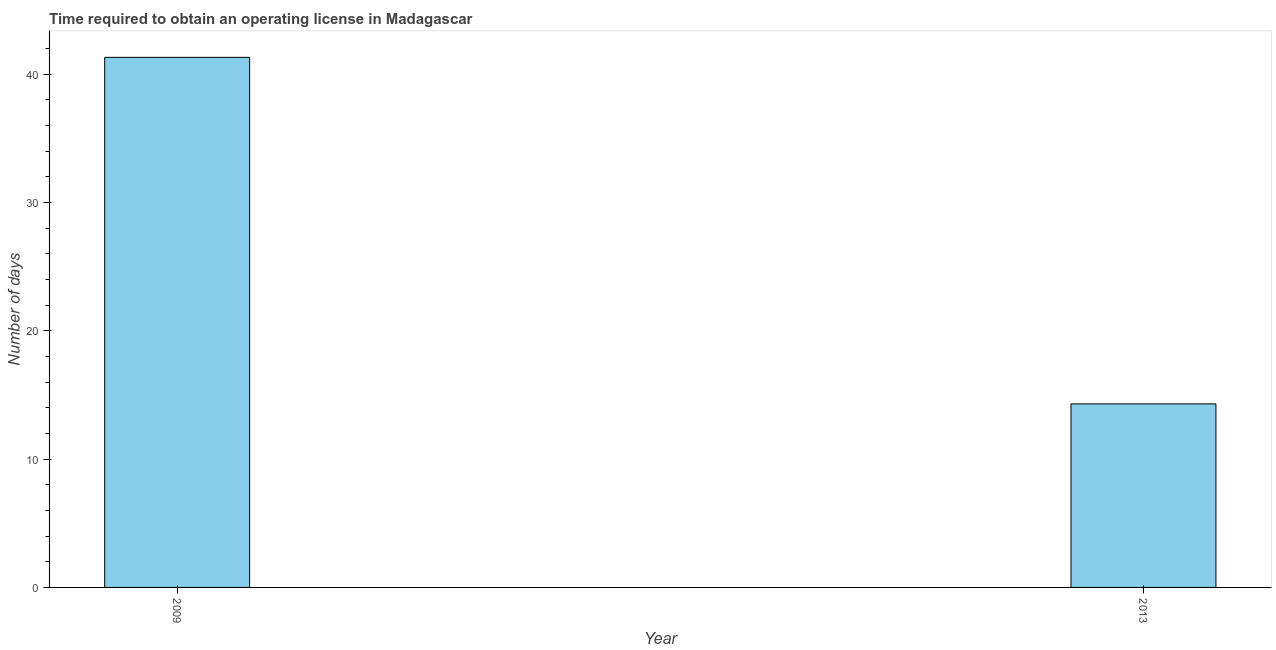
| Year | Obtain operating license |
 | --- | --- |
 | 2009 | 41.3 |
 | 2013 | 14.3 |